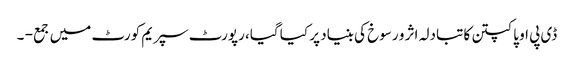
ڈی پی او پاکپتن کا تبادلہ اثر و رسوخ کی بنیاد پر کیا گیا، رپورٹ سپریم کورٹ میں جمع - ۔